Report of the Indian Hemp Drugs Commission, 1894-1895 - Volume IV
Year: 1894
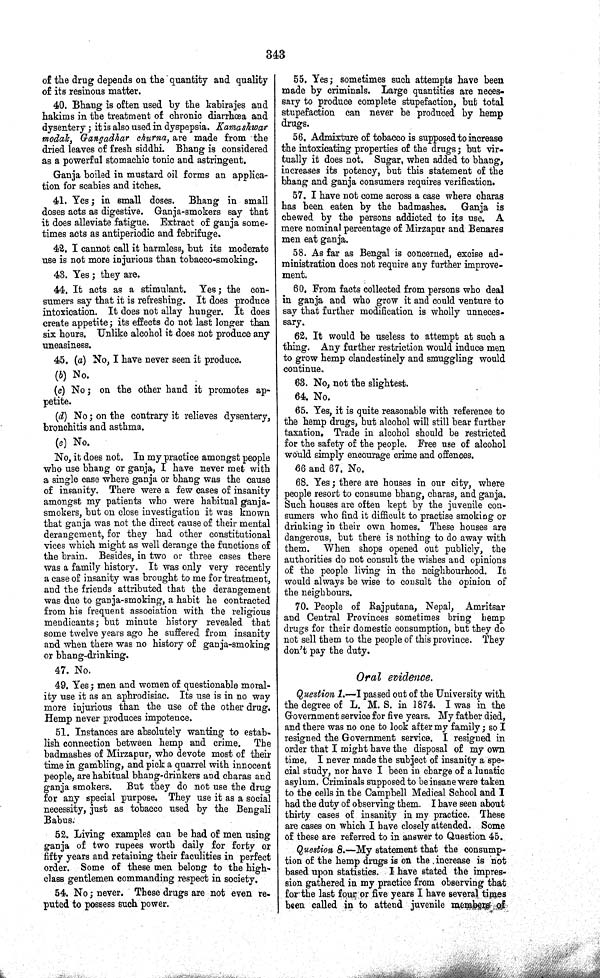
343
of the drug depends on the quantity and quality
of its resinous matter.
40. Bhang is often used by the kabirajes and
hakims in the treatment of chronic diarrhœa and
dysentery; it is also used in dyspepsia. Kamashwar
modak, Gangadhar churna, are made from the
dried leaves of fresh siddhi. Bhang is considered
as a powerful stomachic tonic and astringent.
Ganja boiled in mustard oil forms an applica-
tion for scabies and itches.
41. Yes; in small doses. Bhang in small
doses acts as digestive. Ganja-smokers say that
it does alleviate fatigue. Extract of ganja some-
times acts as antiperiodic and febrifuge.
42. I cannot call it harmless, but its moderate
use is not more injurious than tobacco-smoking.
43. Yes; they are.
44. It acts as a stimulant. Yes; the con-
sumers say that it is refreshing. It does produce
intoxication. It does not allay hunger. It does
create appetite; its effects do not last longer than
six hours. Unlike alcohol it does not produce any
uneasiness.
45. (a) No, I have never seen it produce.
(b) No.
(c) No; on the other hand it promotes ap-
petite.
(d) No; on the contrary it relieves dysentery,
bronchitis and asthma.
(e) No.
No, it does not. In my practice amongst people
who use bhang or ganja, I have never met with
a single case where ganja or bhang was the cause
of insanity. There were a few cases of insanity
amongst my patients who were habitual ganja-
smokers, but on close investigation it was known
that ganja was not the direct cause of their mental
derangement, for they had other constitutional
vices which might as well derange the functions of
the brain. Besides, in two or three cases there
was a family history. It was only very recently
a case of insanity was brought to me for treatment,
and the friends attributed that the derangement
was due to ganja-smoking, a habit he contracted
from his frequent association with the religious
mendicants; but minute history revealed that
some twelve years ago he suffered from insanity
and when there was no history of ganja-smoking
or bhang-drinking.
47. No.
49. Yes; men and women of questionable moral-
ity use it as an aphrodisiac. Its use is in no way
more injurious than the use of the other drug.
Hemp never produces impotence.
51. Instances are absolutely wanting to estab-
lish connection between hemp and crime. The
badmashes of Mirzapur, who devote most of their
time in gambling, and pick a quarrel with innocent
people, are habitual bhang-drinkers and charas and
ganja smokers.
But they do not use the drug
for any special purpose. They use it as a social
necessity, just as tobacco used by the Bengali
Babus.
52. Living examples can be had of men using
ganja of two rupees worth daily for forty or
fifty years and retaining their faculities in perfect
order. Some of these men belong to the high-
class gentlemen commanding respect in society.
54. No; never. These drugs are not even re-
puted to possess such power.
55. Yes; sometimes such attempts have been
made by criminals. Large quantities are neces-
sary to produce complete stupefaction, but total
stupefaction can never be produced by hemp
drugs.
56. Admixture of tobacco is supposed to increase
the intoxicating properties of the drugs; but vir-
tually it does not. Sugar, when added to bhang,
increases its potency, but this statement of the
bhang and ganja consumers requires verification.
57. I have not come across a case where charas
has been eaten by the badmashes. Ganja is
chewed by the persons addicted to its use. A
mere nominal percentage of Mirzapur and Benares
men eat ganja.
58. As far as Bengal is concerned, excise ad-
ministration does not require any further improve-
ment.
60. From facts collected from persons who deal
in ganja and who grow it and could venture to
say that further modification is wholly unneces-
sary.
62. It would be useless to attempt at such a
thing. Any further restriction would induce men
to grow hemp clandestinely and smuggling would
continue.
63. No, not the slightest.
64. No.
65. Yes, it is quite reasonable with reference to
the hemp drugs, but alcohol will still bear further
taxation. Trade in alcohol should be restricted
for the safety of the people. Free use of alcohol
would simply encourage crime and offences.
66 and 67. No.
68. Yes; there are houses in our city, where
people resort to consume bhang, charas, and ganja.
Such houses are often kept by the juvenile con-
sumers who find it difficult to practise smoking or
drinking in their own homes. These houses are
dangerous, but there is nothing to do away with
them.
When shops opened out publicly, the
authorities do not consult the wishes and opinions
of the people living in the neighbourhood. It
would always be wise to consult the opinion of
the neighbours.
70. People of Rajputana, Nepal, Amritsar
and Central Provinces sometimes bring hemp
drugs for their domestic consumption, but they do
not sell them to the people of this province. They
don't pay the duty.
Oral evidence.
Question 1.—I passed out of the University with
the degree of L. M. S. in 1874. I was in the
Government service for five years. My father died,
and there was no one to look after my family; so I
resigned the Government service. I resigned in
order that I might have the disposal of my own
time. I never made the subject of insanity a spe-
cial study, nor have I been in charge of a lunatic
asylum. Criminals supposed to be insane were taken
to the cells in the Campbell Medical School and I
had the duty of observing them. I have seen about
thirty cases of insanity in my practice. These
are cases on which I have closely attended. Some
of these are referred to in answer to Question 45.
Question 8.—My statement that the consump-
tion of the hemp drugs is on the increase is not
based upon statistics. I have stated the impres-
sion gathered in my practice from observing that
for the last four or five years I have several times
been called in to attend juvenile members of